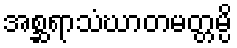
အစ္ဆရာသံဃာတမတ္တမ္ပိ